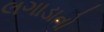
લગાડાતો